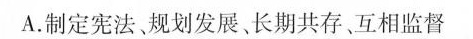
A.制定宪法、规划发展、长期共存、互相监督